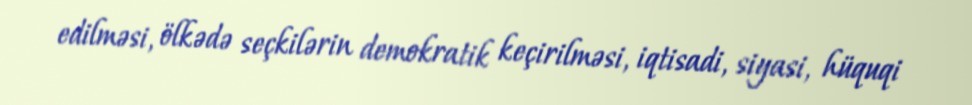
edilməsi, ölkədə seçkilərin demokratik keçirilməsi, iqtisadi, siyasi, hüquqi